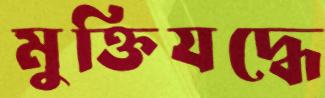
মুক্তিযদ্ধে